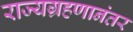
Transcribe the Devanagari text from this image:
राज्यग्रहणानंतर